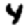
Digit: 4